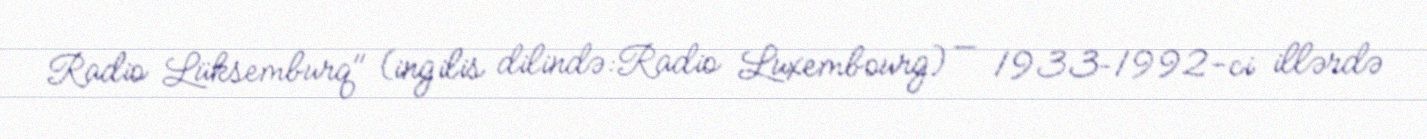
Radio Lüksemburq" (ingilis dilində:Radio Luxembourg) — 1933–1992-ci illərdə